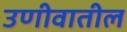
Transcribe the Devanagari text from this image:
उणीवातील